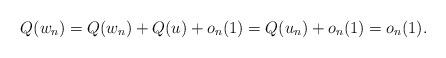
LaTeX: \begin{align*} Q(w_n)=Q(w_n)+Q(u)+o_n(1)=Q(u_n)+o_n(1)=o_n(1).\end{align*}